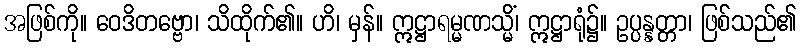
အဖြစ်ကို။ ဝေဒိတဗ္ဗော၊ သိထိုက်၏။ ဟိ၊ မှန်။ ဣဋ္ဌာရမ္မဏသ္မိံ၊ ဣဋ္ဌာရုံ၌။ ဥပ္ပန္နတ္တာ၊ ဖြစ်သည်၏